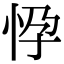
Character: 𢘩